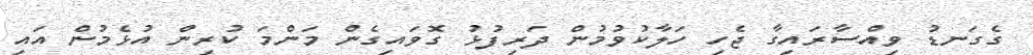
ގެގަނޑު ވިއްސާރައިގާ ޖެހި ހަލާކުވުމުން ދަރިފުޅު ގޮވައިގެން މަންމަ ކުރިން އުޅެމުން އައި